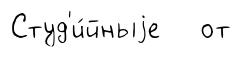
Студ'и́йныjе от